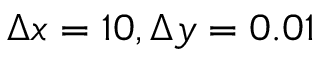
\Delta x = 1 0 , \Delta y = 0 . 0 1